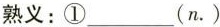
熟义:①___(n.)